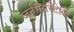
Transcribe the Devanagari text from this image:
जर्नलिस्टिकि